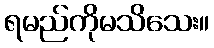
ရမည်ကိုမသိသေး။